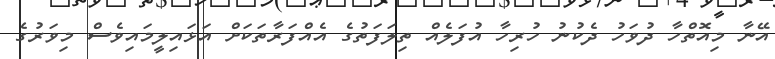
އޭނާ މިއޮތްހާ ދުވަހު ދެކުނު ހުރިހާ އުފަލެއް ތިލަފަތުގެ އެއްފަރާތަކަށް އަޅައިލީމައިވެސް މިވަރުގެ